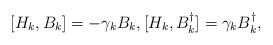
LaTeX: \begin{align*}[H_{k},B_{k}]=-\gamma_k B_k, [H_k,B_k^\dagger] = \gamma_k B_k^\dagger,\end{align*}